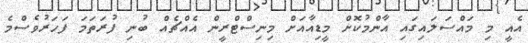
އެއީ މި މައްސަލައިގައި އާންމުކޮށް މީޑިއާއަށް މިނިސްޓްރީން އެއްޗެއް ބުނި ފުރަތަމަ ފަހަރުވެސްމެ